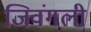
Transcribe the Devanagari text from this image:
जिवंगली